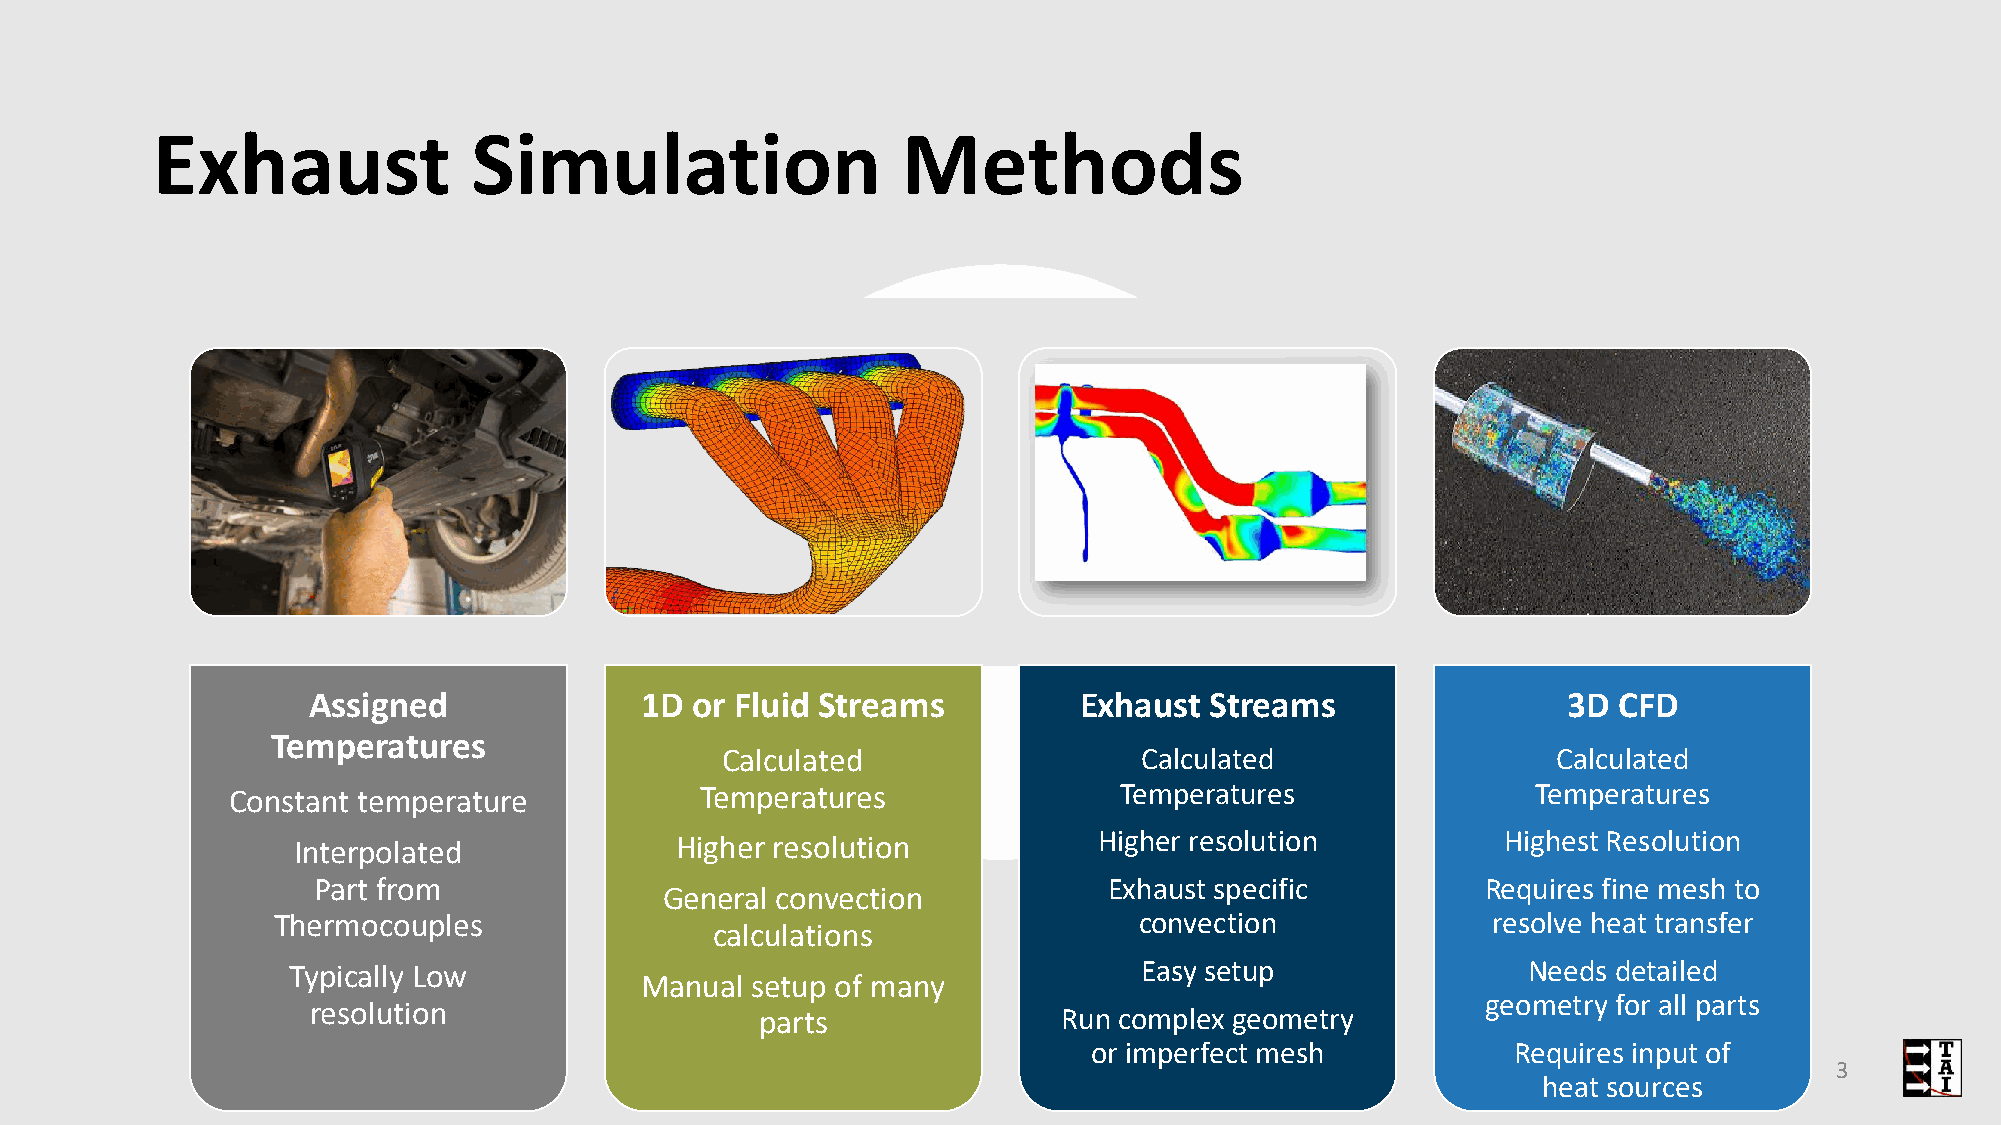
Exhaust              Simulation                   Methods
 Assigned              1D  or Fluid Streams         Exhaust  Streams                 3D CFD
 Temperatures
 Calculated                  Calculated                 Calculated
 Constant temperature           Temperatures                Temperatures                Temperatures
 Interpolated              Higher resolution           Higher resolution          Highest Resolution
 Part from                                           Exhaust specific         Requires fine mesh to
 General convection
 Thermocouples                                            convection              resolve heat transfer
 calculations
 Typically Low                                            Easy setup               Needs detailed
 Manual  setup of many
 geometry for all parts
 resolution                    parts               Run complex geometry
 or imperfect mesh           Requires input of
 3
 heat sources